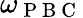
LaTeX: \omega_{\mathrm{~P~B~C~}}